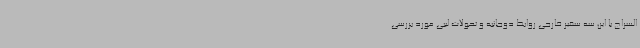
السراج با این سه سفیر خارجی روابط دوجانبه و تحولات لیبی مورد بررسی